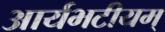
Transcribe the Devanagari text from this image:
आर्यभटीयम्‌